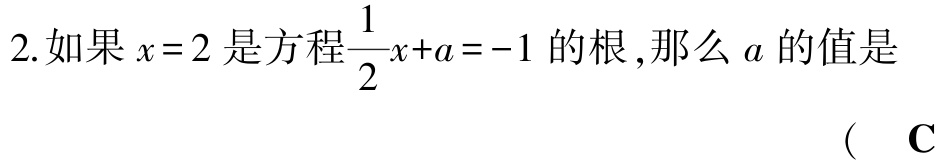
2.如果\(x = 2\)是方程\(\frac{1}{2}x + a = -1\)的根，那么\(a\)的值是

(  C